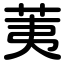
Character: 荑